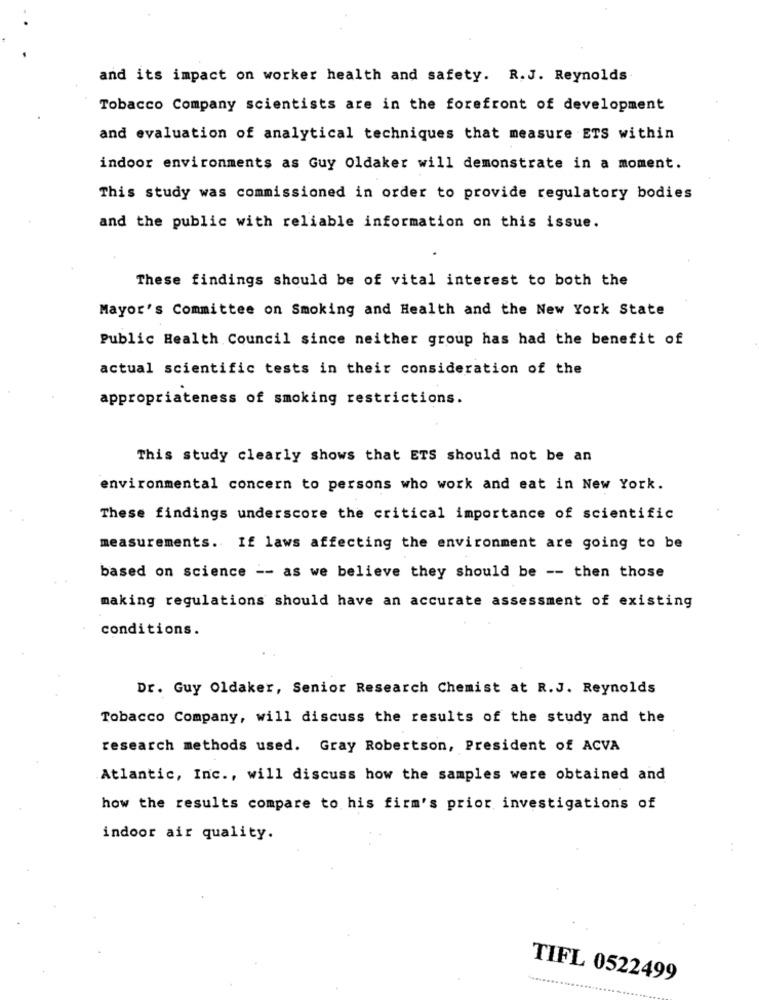
and its impact on worker health and safety. R.J. Reynolds
Tobacco Company scientists are in the forefront of development
and evaluation of analytical techniques that measure ETS within
indoor environments as Guy Oldaker will demonstrate in a moment.
This study was commissioned in order to provide regulatory bodies
and the public with reliable information on this issue.
These findings should be of vital interest to both the
Mayor's Committee on Smoking and Health and the New York State
Public Health Council since neither group has had the benefit of
actual scientific tests in their consideration of the
appropriateness of smoking restrictions.
This study clearly shows that ETS should not be an
environmental concern to persons who work and eat in New York.
These findings underscore the critical importance of scientific
measurements. If laws affecting the environment are going to be
based on science -- as we believe they should be -- then those
making regulations should have an accurate assessment of existing
conditions.
Dr. Guy Oldaker, Senior Research Chemist at R.J. Reynolds
Tobacco Company, will discuss the results of the study and the
research methods used. Gray Robertson, President of ACVA
Atlantic, Inc ., will discuss how the samples were obtained and
how the results compare to his firm's prior investigations of
indoor air quality.
TIFL 0522499